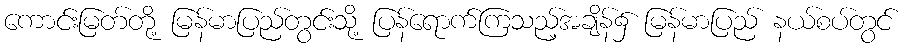
ကောင်းမြတ်တို့ မြန်မာပြည်တွင်းသို့ ပြန်ရောက်ကြသည့်အချိန်၌ မြန်မာပြည် နယ်စပ်တွင်